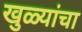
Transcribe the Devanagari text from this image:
खुळ्यांचा